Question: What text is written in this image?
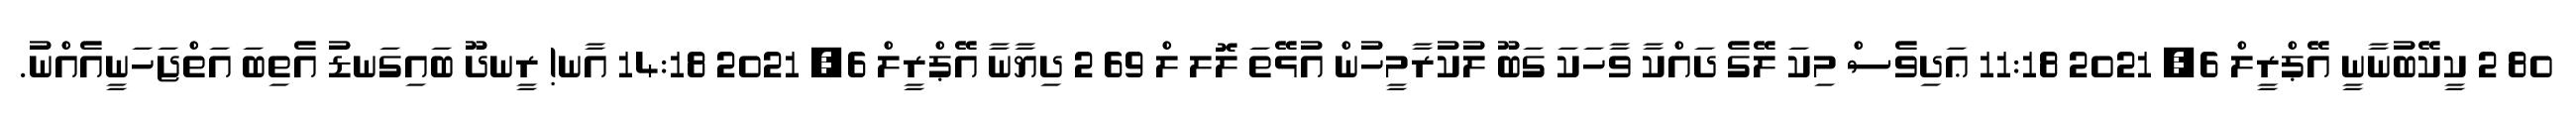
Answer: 80 2 ކީކޭބުނާނީ އޭޕްރީލް 6, 2021 11:18 ޢަދިވެސް މިކަ ލޭގެ ދައްކާ ވާހަކަ ގަބޫ ލުކުރާމީހުން އުޅޭތަ ލޮލ ލް 69 2 ދިޔާނާ އޭޕްރީލް 6, 2021 14:18 އާނ! ރީނދޫ ބައިގަނޑު އެތިބަ އަތްޖަހަނީއެއްނު.